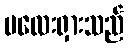
မလေးရှားသည်